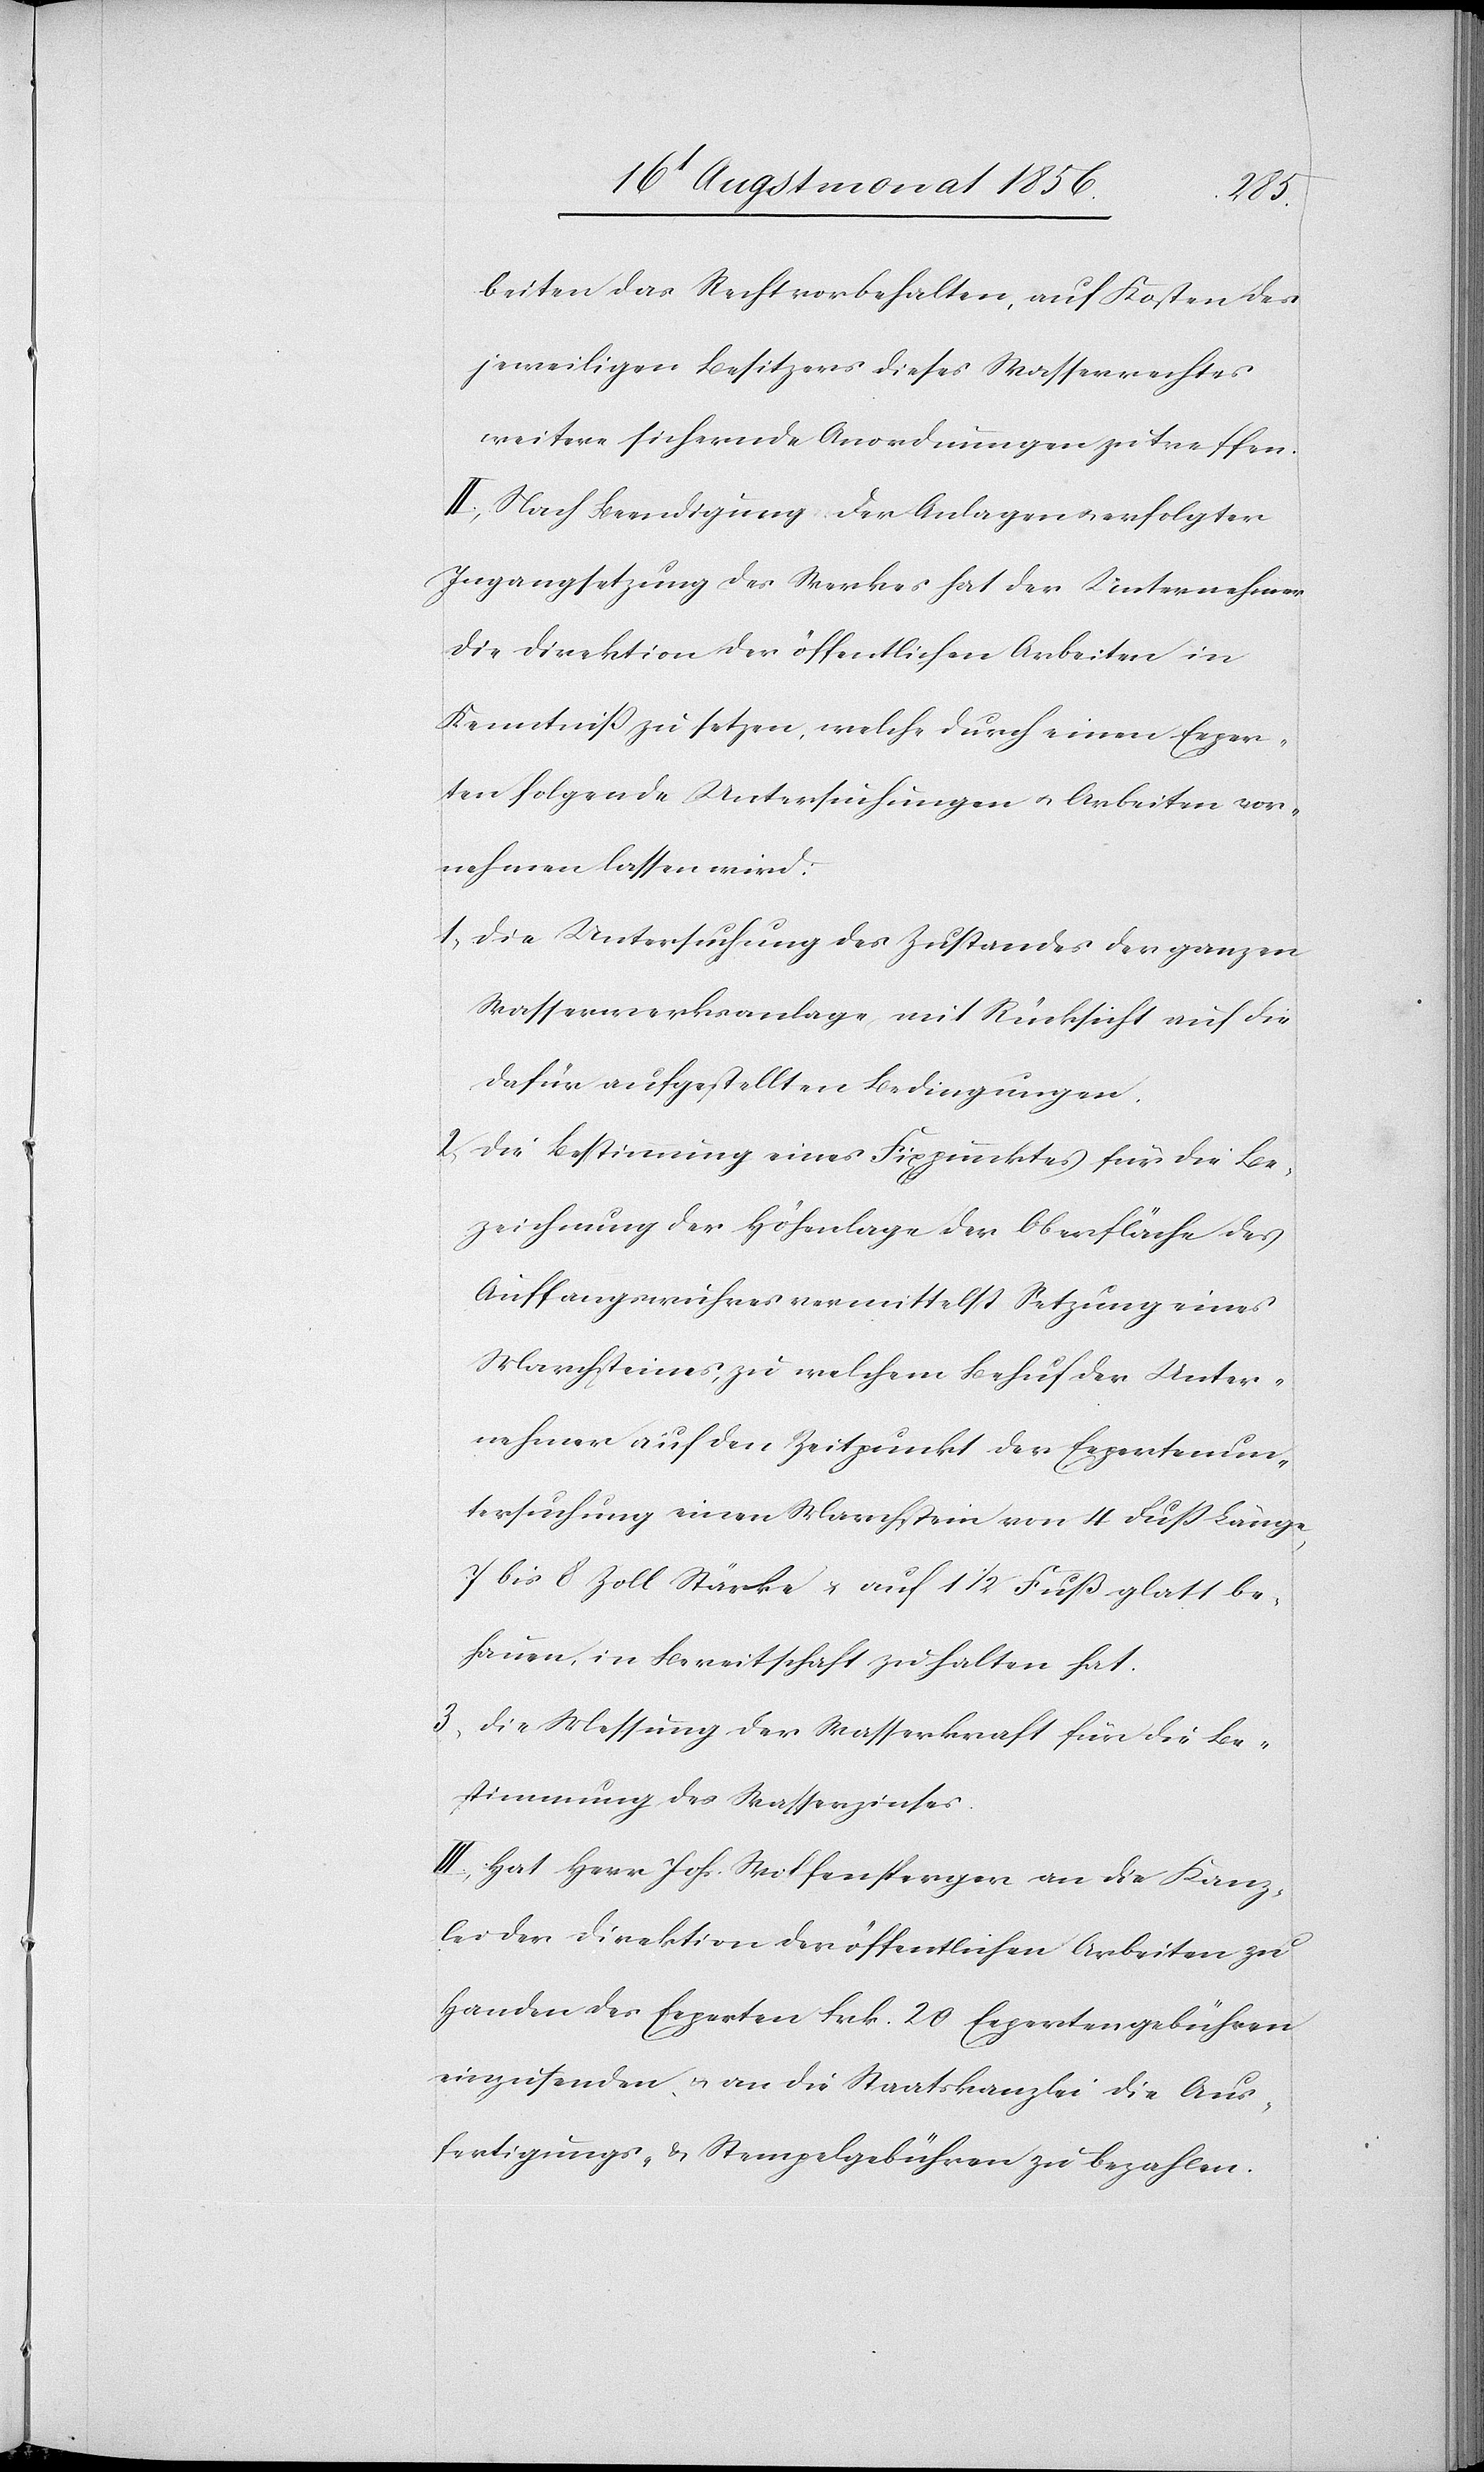
beiten das Recht vorbehalten, auf Kosten des
jeweiligen Besitzers dieses Wasserrechtes
weitere sichernde Anordnungen zu treffen.
II.) Nach Beendigung der Anlagen u. erfolgter
Ingangsetzung des Werkes hat der Unternehmer
die Direktion der öffentlichen Arbeiten in
Kenntniss zu setzen, welche durch einen Exper¬
ten folgende Untersuchungen u. Arbeiten vor¬
nehmen lassen wird:
1.) Die Untersuchung des Zustandes der ganzen
Wasserwerksanlage mit Rücksicht auf die
dafür aufgestellten Bedingungen.
2.) Die Bestimmung eines Fixpunktes für die Be¬
zeichnung der Höhenlage der Oberfläche des
Auffangswuhres vermittelst Setzung eines
Marchsteines, zu welchem Behuf der Unter¬
nehmer auf den Zeitpunkt der Expertenun¬
tersuchung einen Marchstein von 4 Fuss Länge,
7 bis 8 Zoll Stärke u. auf 1 1/2 Fuß glatt be¬
hauen, in Bereitschaft zu halten hat.
3.) Die Messung der Wasserkraft für die Be¬
stimmung des Wasserzinses.
III.) Hat Herr Johs. Wolfensperger an die Kanz¬
lei der Direktion der öffentlichen Arbeiten zu
Handen des Experten Frk. 20 Expertengebühren
einzusenden, u. an die Staatskanzlei die Aus¬
fertigungs- & Stempelgebühren zu bezahlen.